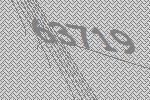
63719